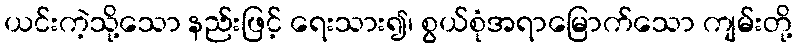
ယင်းကဲ့သို့သော နည်းဖြင့် ရေးသား၍၊ စွယ်စုံအရာမြောက်သော ကျမ်းတို့